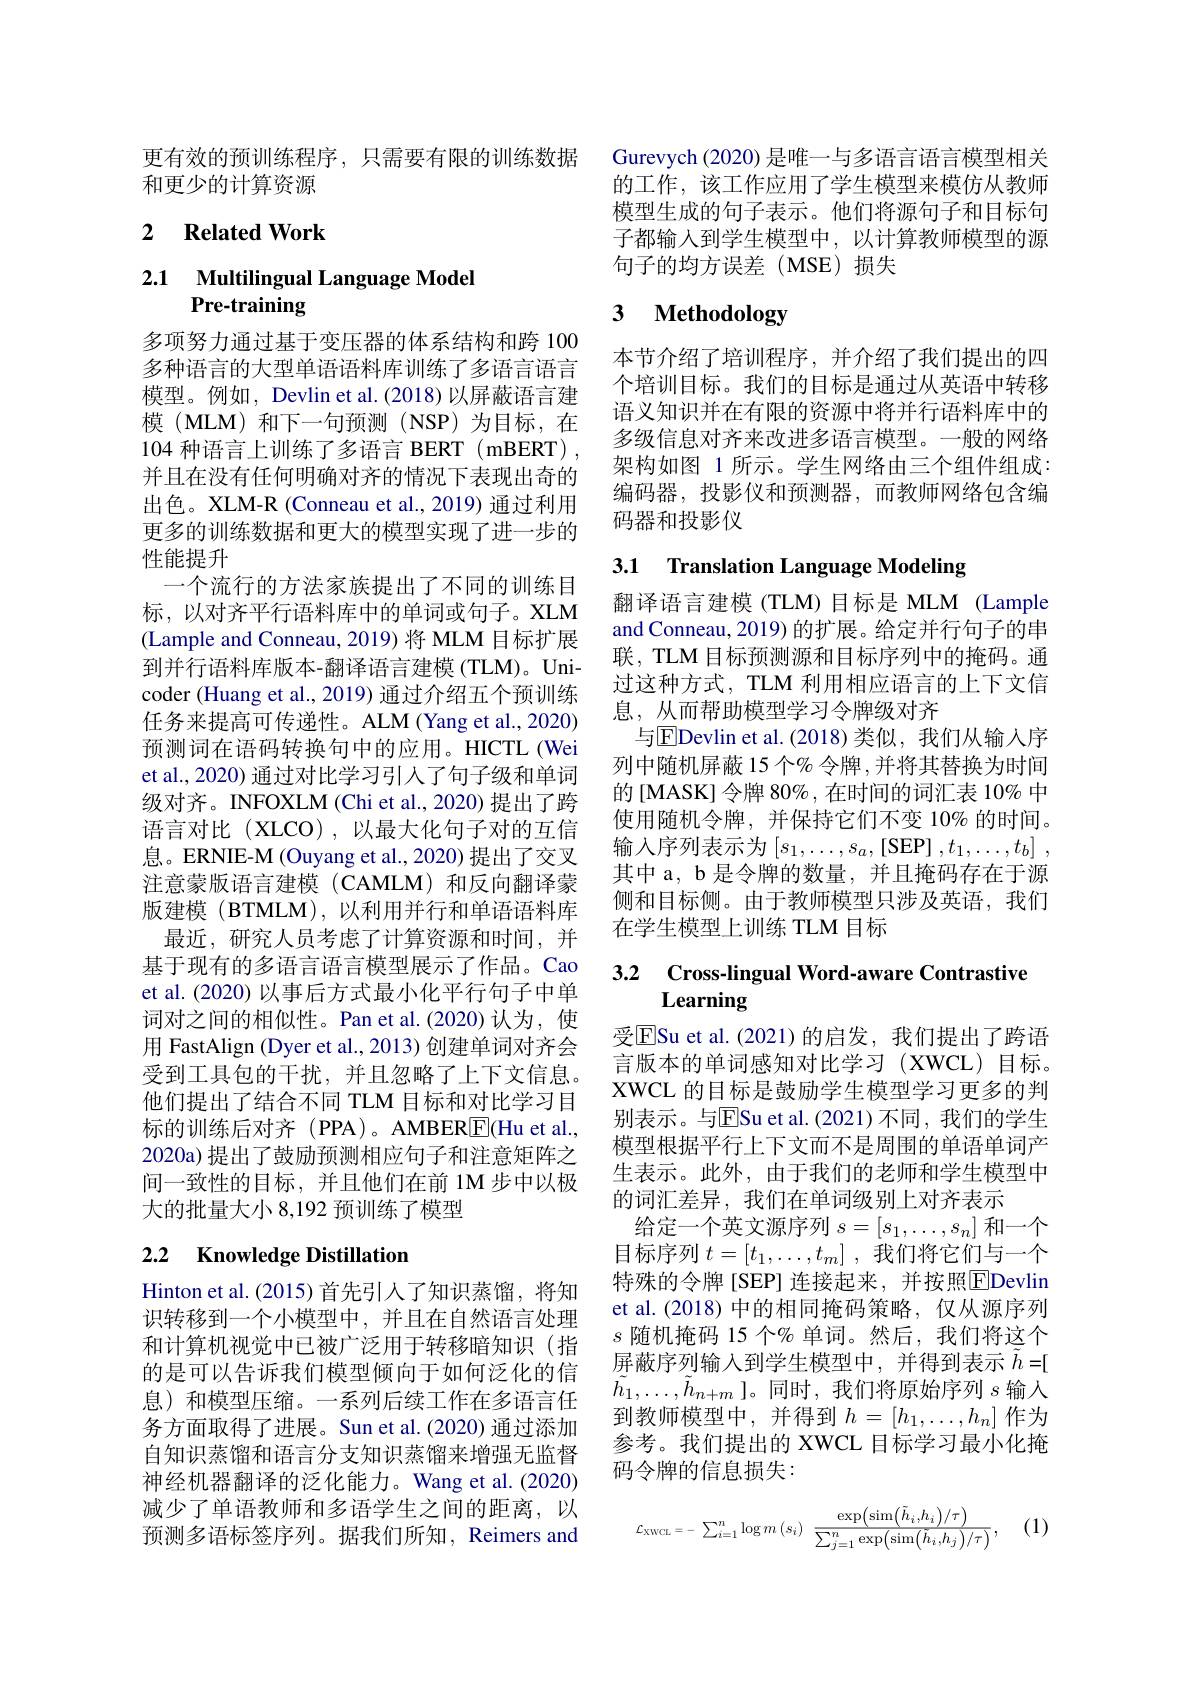
更有效的预训练程序，只需要有限的训练数据
和更少的计算资源

### 2 $\textbf{Related Work}$

## 2.1 Multilingual Language Model Pre-training

多项努力通过基于变压器的体系结构和跨 100多种语言的大型单语语料库训练了多语言语言模型。例如，Devlin et al.(2018)以屏蔽语言建模 (MLM) 和下一句预测 (NSP)为目标，在104种语言上训练了多语言 BERT(mBERT), 并且在没有任何明确对齐的情况下表现出奇的出色。XLM-R (Conneau et al., 2019) 通过利用更多的训练数据和更大的模型实现了进一步的性能提升
一个流行的方法家族提出了不同的训练目标，以对齐平行语料库中的单词或句子。XLM (Lample and Conneau, 2019) 将 MLM 目标扩展到并行语料库版本-翻译语言建模 (TLM)。Unicoder (Huang et al., 2019) 通过介绍五个预训练任务来提高可传递性。ALM (Yang et al.,2020) 预测词在语码转换句中的应用。HICTL(Wei et al., 2020) 通过对比学习引入了句子级和单词级对齐。INFOXLM (Chi et al., 2020) 提出了跨语言对比(XLCO),以最大化句子对的互信息。ERNIE-M (Ouyang et al.,2020) 提出了交叉注意蒙版语言建模(CAMLM)和反向翻译蒙版建模 (BTMLM), 以利用并行和单语语料库
最近，研究人员考虑了计算资源和时间，并基于现有的多语言语言模型展示了作品。Cao et al. (2020) 以事后方式最小化平行句子中单词对之间的相似性。Pan et al.(2020)认为，使用 FastAlign (Dyer et al., 2013) 创建单词对齐会受到工具包的干扰，并且忽略了上下文信息。他们提出了结合不同 TLM 目标和对比学习目标的训练后对齐(PPA)。AMBER$\underline{\mathrm{F}}($Hu et al., 2020a) 提出了鼓励预测相应句子和注意矩阵之间一致性的目标，并且他们在前 1M 步中以极大的批量大小 8,192 预训练了模型

## 2.2 $\textbf{Knowledge Distillation}$

Hinton et al. (2015) 首先引人了知识蒸馏，将知识转移到一个小模型中，并且在自然语言处理和计算机视觉中已被广泛用于转移暗知识(指的是可以告诉我们模型倾向于如何泛化的信息)和模型压缩。一系列后续工作在多语言任务方面取得了进展。Sun et al.(2020) 通过添加自知识蒸馏和语言分支知识蒸馏来增强无监督神经机器翻译的泛化能力。Wang et al.(2020) 减少了单语教师和多语学生之间的距离，以预测多语标签序列。据我们所知，Reimers and

Gurevych (2020) 是唯一与多语言语言模型相关的工作，该工作应用了学生模型来模仿从教师模型生成的句子表示。他们将源句子和目标句子都输入到学生模型中，以计算教师模型的源句子的均方误差(MSE)损失

# 3 Methodology

本节介绍了培训程序，并介绍了我们提出的四个培训目标。我们的目标是通过从英语中转移语义知识并在有限的资源中将并行语料库中的多级信息对齐来改进多语言模型。一般的网络架构如图 1 所示。学生网络由三个组件组成： 编码器，投影仪和预测器，而教师网络包含编码器和投影仪

# 3.1 Translation Language Modeling

翻译语言建模 (TLM) 目标是 MLM (Lample and Conneau, 2019) 的扩展。给定并行句子的串联，TLM 目标预测源和目标序列中的掩码。通过这种方式，TLM 利用相应语言的上下文信息，从而帮助模型学习令牌级对齐
与$\boxed{\mathrm{FDevlin~et~al.(2018)}}$类似，我们从输入序列中随机屏蔽 15 个% 令牌 ,并将其替换为时间的[MASK]令牌 80%,在时间的词汇表 10% 中使用随机令牌，并保持它们不变 10% 的时间。输入序列表示为$\left[s_1,\ldots,s_a,\left[\mathrm{SEP}\right],t_1,\ldots,t_b\right]$, 其中 a, b 是令牌的数量，并且掩码存在于源侧和目标侧。由于教师模型只涉及英语，我们在学生模型上训练 TLM 目标

# 3.2 Cross-lingual Word-aware Contrastive Learning

受ESu et al.(2021)的启发，我们提出了跨语言版本的单词感知对比学习(XWCL)目标。XWCL 的目标是鼓励学生模型学习更多的判别表示。与ESu et al.(2021)不同，我们的学生模型根据平行上下文而不是周围的单语单词产生表示。此外，由于我们的老师和学生模型中的词汇差异，我们在单词级别上对齐表示
给定一个英文源序列$s=[s_1,\ldots,s_n]$和一个目标序列$t=[t_1,\ldots,t_m]$ ,我们将它们与一个特殊的令牌[SEP] 连接起来，并按照$\boxed{\mathrm{F}}$Devlin et al.(2018)中的相同掩码策略，仅从源序列$s$随机掩码 15 个% 单词。然后，我们将这个屏蔽序列输入到学生模型中，并得到表示$\tilde{h}=[$ $\tilde{h}_1,\ldots,\tilde{h}_{n+m}$ ]。同时，我们将原始序列$s$输入到教师模型中，并得到$h=[h_1,\ldots,h_n]$ 作为参考。我们提出的 XWCL 目标学习最小化掩码令牌的信息损失：

(1)
$$\mathcal{L}_{\mathrm{XWCL}}=-\:\sum_{i=1}^{n}\log m\left(s_{i}\right)\:\frac{\exp\left(\sin\left(\tilde{h}_{i},h_{i}\right)/\tau\right)}{\sum_{j=1}^{n}\exp\left(\sin\left(\tilde{h}_{i},h_{j}\right)/\tau\right)},$$